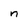
Character: n